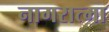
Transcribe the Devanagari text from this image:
नागरात्मा